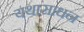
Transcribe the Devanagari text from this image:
यथासाधन